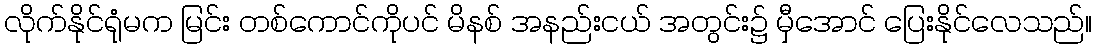
လိုက်နိုင်ရုံမက မြင်း တစ်ကောင်ကိုပင် မိနစ် အနည်းငယ် အတွင်း၌ မှီအောင် ပြေးနိုင်လေသည်။